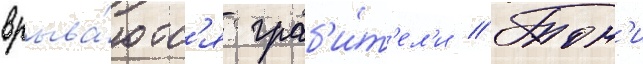
врыва́ютс'я граб'и́т'ел'и // Тон'и